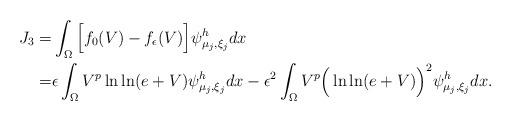
LaTeX: \begin{align*} J_3 = & \int_\Omega\Big[f_0(V)-f_\epsilon(V) \Big] \psi^h_{ \mu_j,\xi_j}dx\\ = & \epsilon\int_\Omega V^p\ln\ln(e+V)\psi^h_{ \mu_j,\xi_j}dx -\epsilon^2\int_\Omega V^p \Big(\ln\ln(e+V)\Big)^2 \psi^h_{ \mu_j,\xi_j} dx.\end{align*}